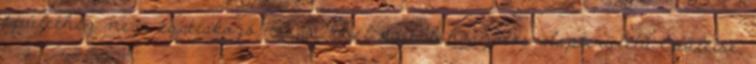
épülethez nem csatlakozó, 50 m2-nél kisebb hasznos alapterületű épületre;